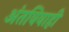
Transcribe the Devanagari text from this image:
अंतविवाही